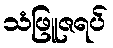
သံဖြူဇရပ်